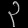
Digit: ၃